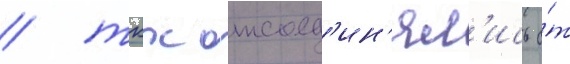
/ ткх отсоед'ин'ял'ись о́т